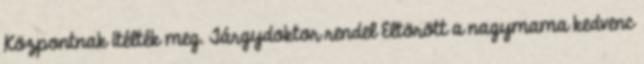
Központnak ítélték meg. Tárgydoktor rendel Eltörött a nagymama kedvenc